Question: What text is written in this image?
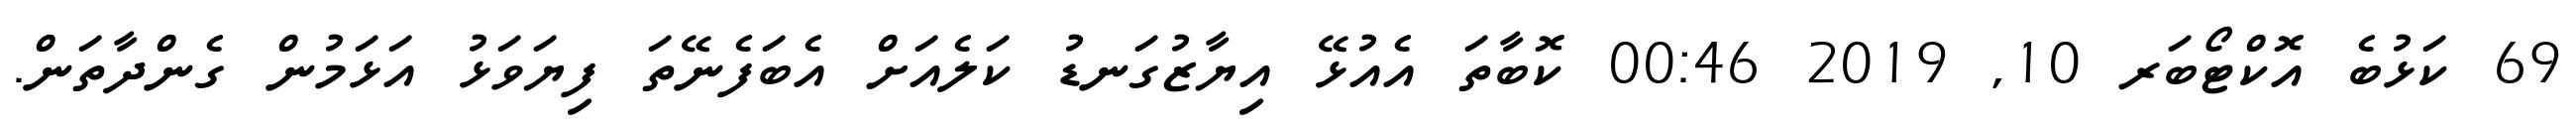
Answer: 69 ކަޅުބެ އޮކްޓޯބަރ 10, 2019 00:46 ކޮބާތަ އެއުޅޭ އިޔާޒުގަނޑު ކަލެއަށް އެބަފެނޭތަ ފިޔަވަޅު އަޅަމުން ގެންދާތަން.